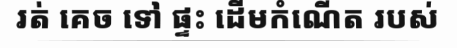
រត់ គេច ទៅ ផ្ទះ ដើមកំណើត របស់